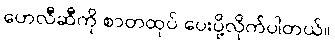
ဟေလီဆီကို စာတထုပ် ပေးပို့လိုက်ပါတယ်။